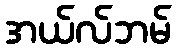
အယ်လ်ဘမ်